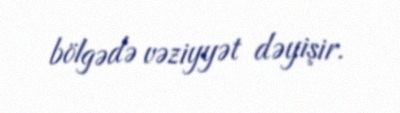
bölgədə vəziyyət dəyişir.